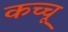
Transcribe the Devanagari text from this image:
कच्चू